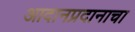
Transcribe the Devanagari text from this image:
आदानप्रदानाचा